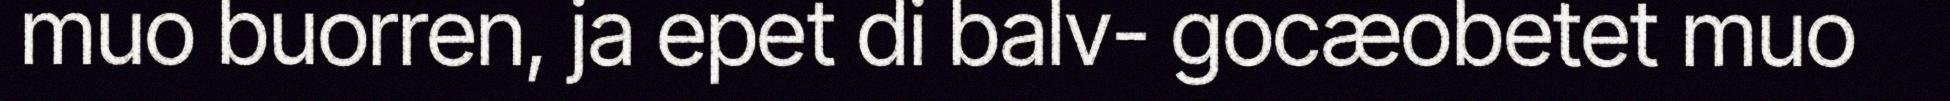
muo buorren, ja epet di balv- gocæobetet muo